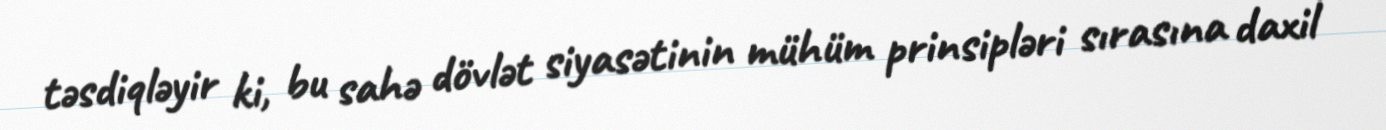
təsdiqləyir ki, bu sahə dövlət siyasətinin mühüm prinsipləri sırasına daxil